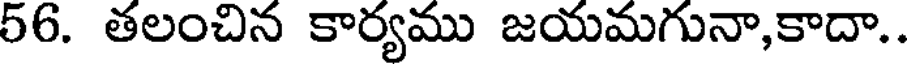
56. తలంచిన కార్యము జయమగునా,కాదా..